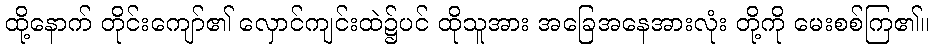
ထို့နောက် တိုင်းကျော်၏ လှောင်ကျင်းထဲ၌ပင် ထိုသူအား အခြေအနေအားလုံး တို့ကို မေးစစ်ကြ၏။